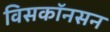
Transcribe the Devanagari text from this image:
विसकॉनसन